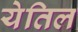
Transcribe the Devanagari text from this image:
येतिल